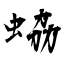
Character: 蛠